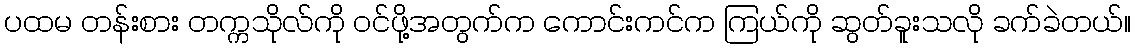
ပထမ တန်းစား တက္ကသိုလ်ကို ဝင်ဖို့အတွက်က ကောင်းကင်က ကြယ်ကို ဆွတ်ခူးသလို ခက်ခဲတယ်။